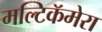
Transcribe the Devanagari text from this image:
मल्टिकॅमेरा